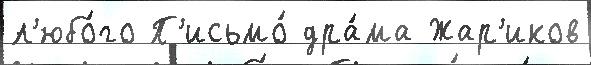
л'юбо́го П'исьмо́ дра́ма Жар'иков